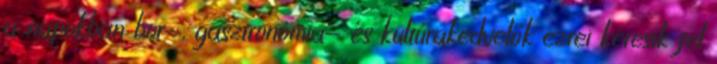
a napokban bor-, gasztronómia- és kultúrakedvelők ezrei keresik fel